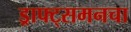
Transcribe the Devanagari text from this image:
ड्राफ्ट्‌समनचा